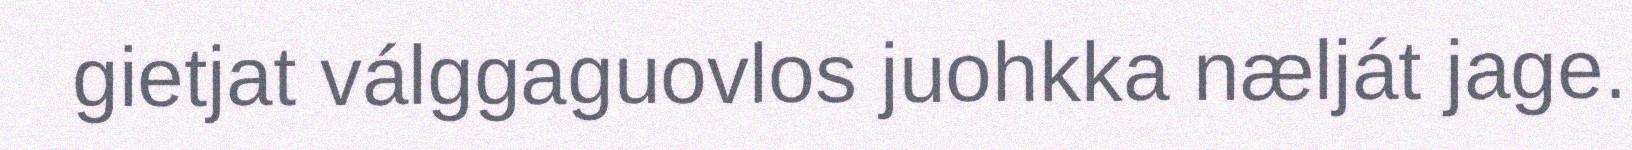
gietjat válggaguovlos juohkka nælját jage.